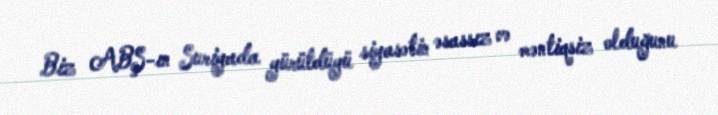
Biz ABŞ-ın Suriyada yürütdüyü siyasətin əsassız və məntiqsiz olduğunu